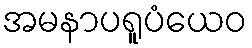
အမနာပရူပံယေဝ